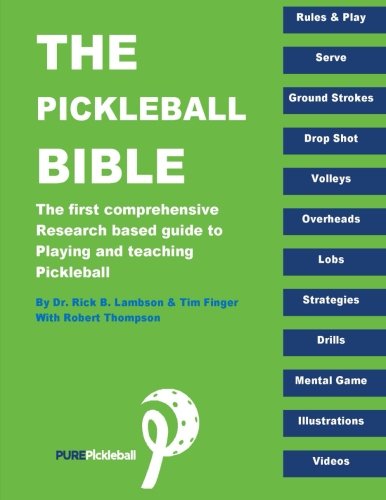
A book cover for The Pickleball Bible: The first comprehensive research-based guide to playing and teaching Pickleball; Dr. Rick B. Lambson; Sports & Outdoors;